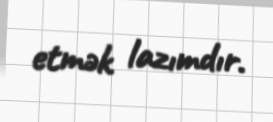
etmək lazımdır.